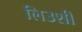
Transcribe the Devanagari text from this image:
लिउशी